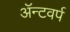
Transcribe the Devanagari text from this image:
ॲन्टवर्प